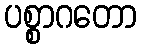
ပစ္စာဂတော